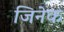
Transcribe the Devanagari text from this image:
जिनेक